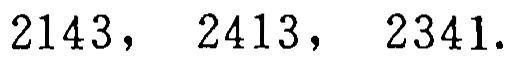
$2143,\ 2413,\ 2341.$